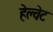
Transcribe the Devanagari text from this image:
हेल्वेट